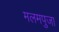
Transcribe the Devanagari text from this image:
मलमपुजा